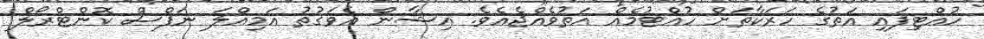
ހުއްޓިފައި އަތުގެ ހަރަކާތަށް ހުއްޓުމެއް އަތުވެއްޖެއެވެ. އިޝާން އެވަގުތު އަމިއްލަ ނަފްސް ކޮންޓްރޯލް